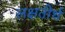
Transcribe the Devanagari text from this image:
लक्षतीर्थ